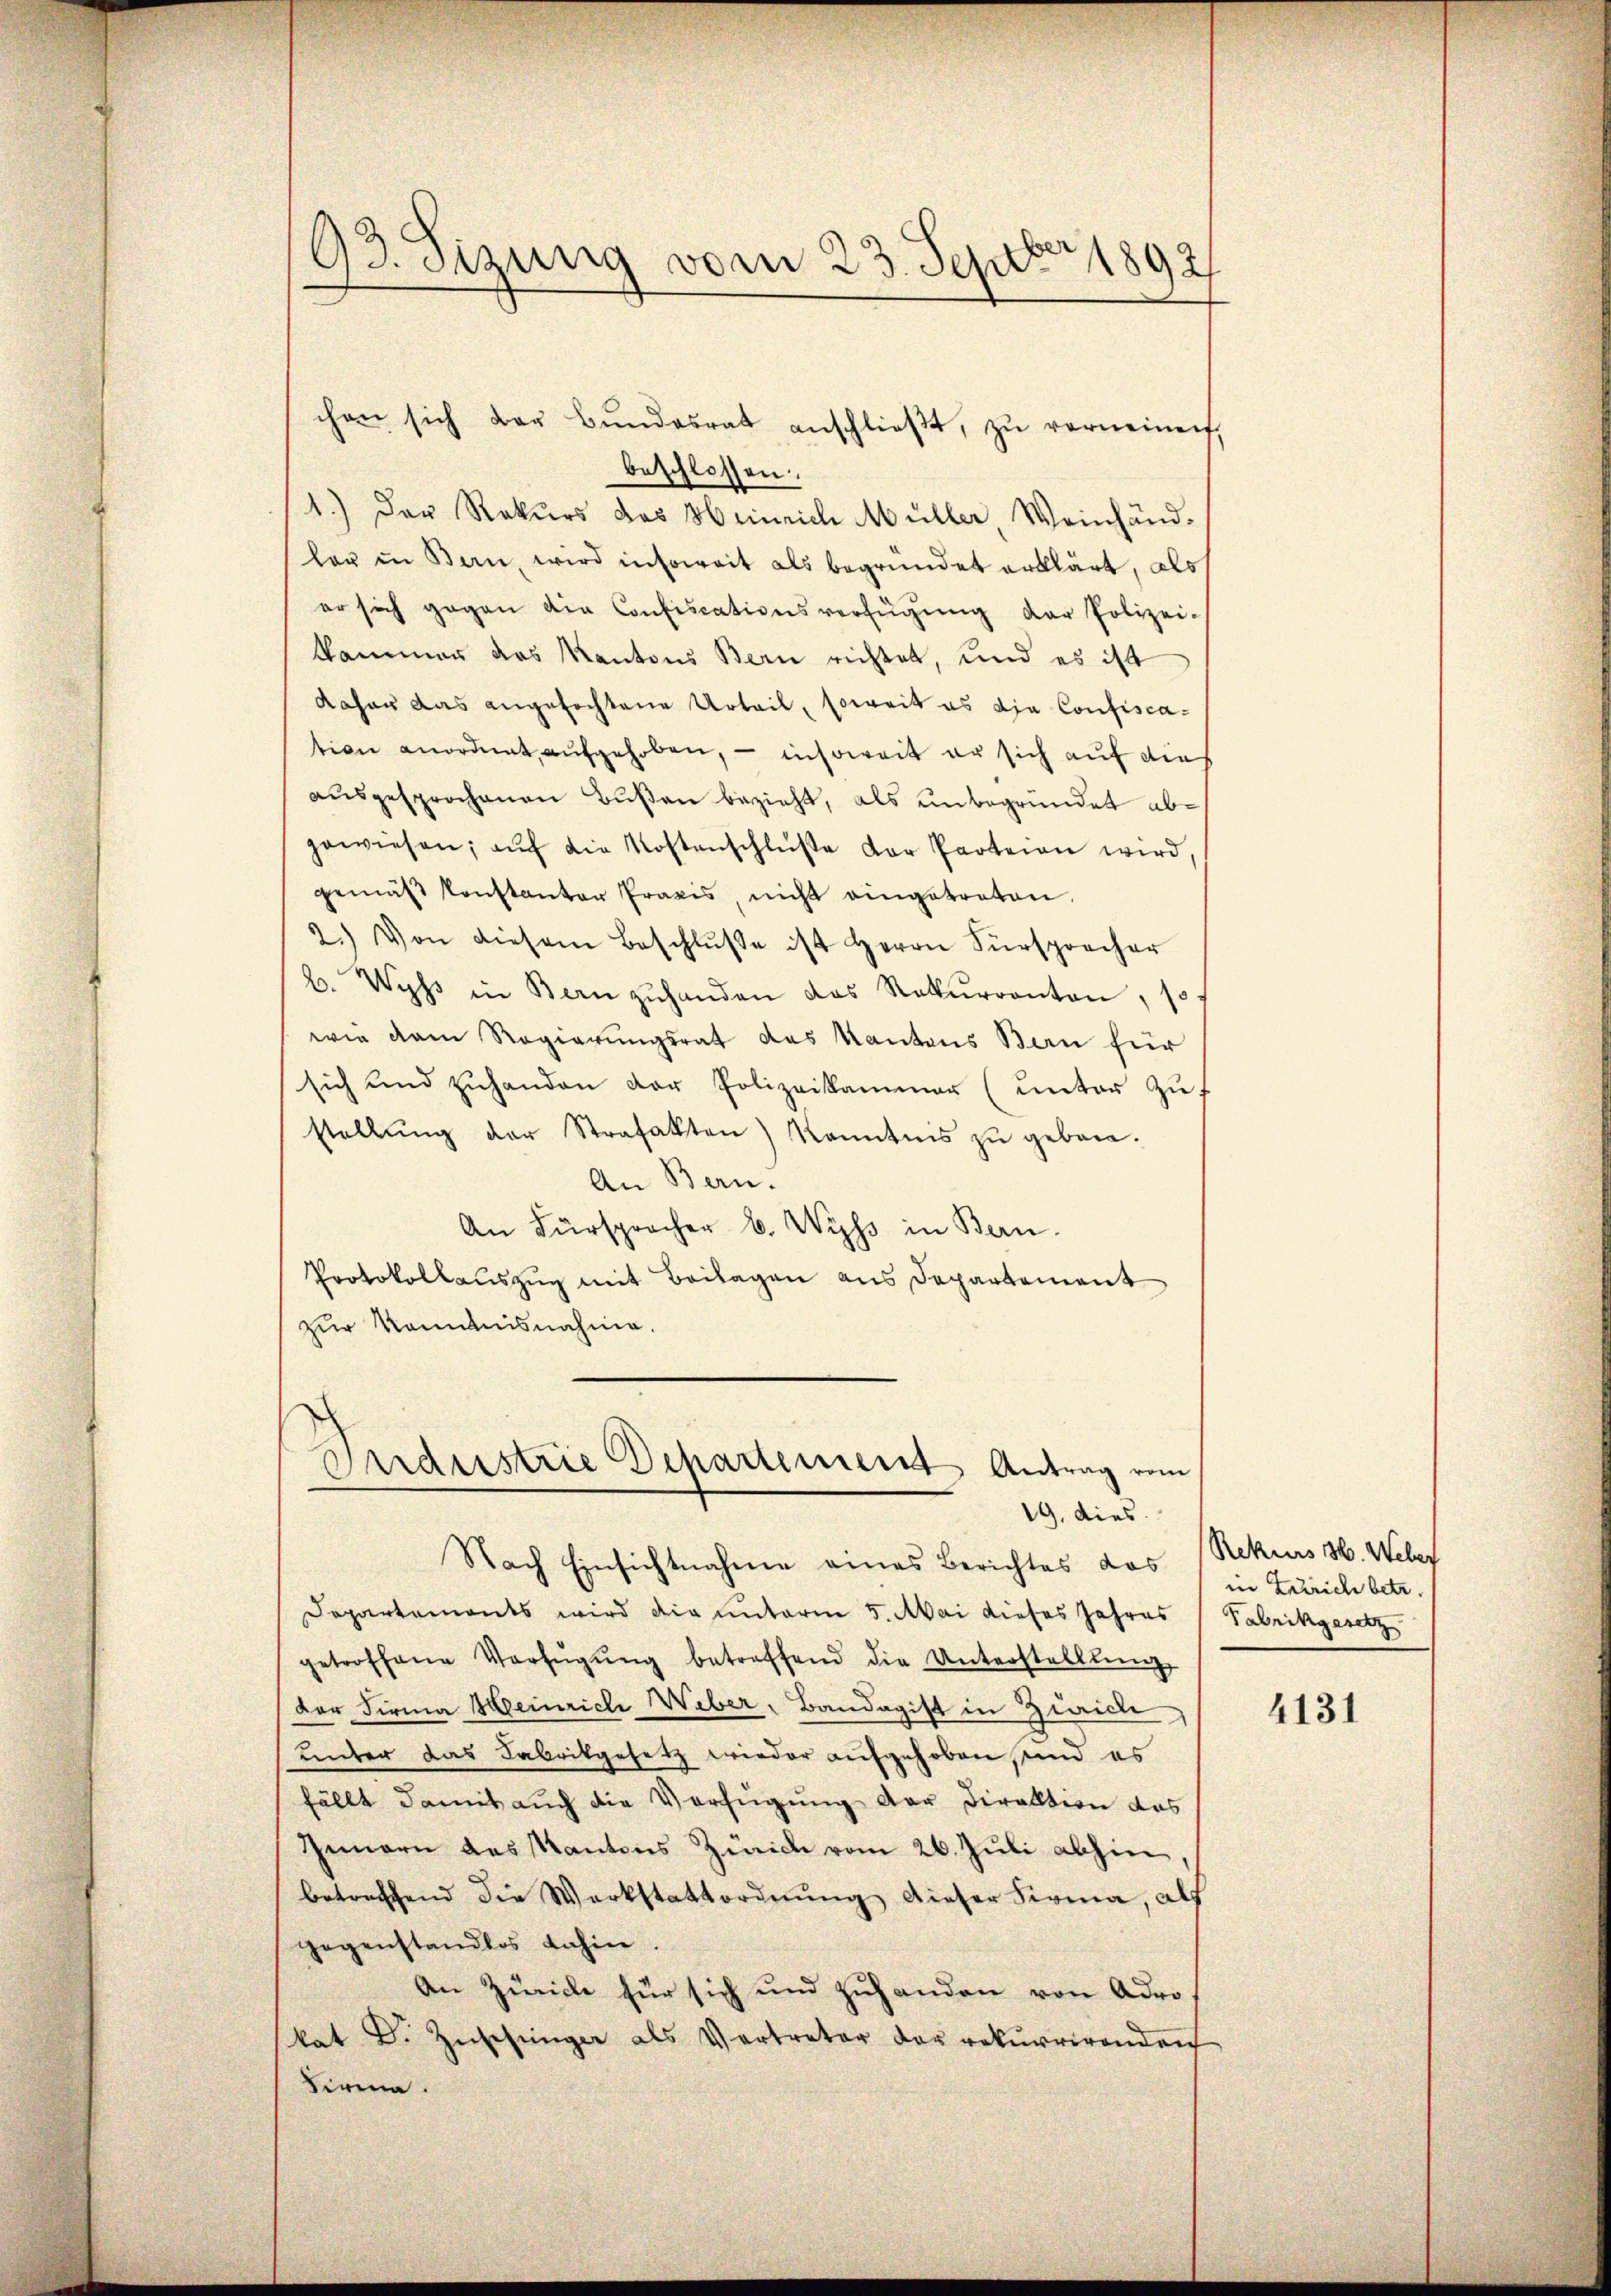
93. Sizung vom 23. Septbr 1892/

beschlossen.
1.) Der Rekurs des Heinrich Müller, Weinhändler in Bern, wird insoweit als begründet erklärt, als
er sich gegen die Confiscationsverfügŭng der Polizei-
kammer das Kantons Bern richtet, und es ist
daher das angefochtene Urteil, soweit es die Confiscation anordnet aŭfgehoben, – insoweit er sich auf die
aŭsgesprochenen Bŭβen bezieht, als unbegründet abgewiesen, aŭf die Kostenschlüße der Parteien wird,
gemäß konstantor Praxis, nicht eingetreten,
2.) Von diesem Beschlŭsse ist Herrn Fürsprecher
b. Wyss in Bern zŭhanden das Rekurranton, so
wie dan Regierungsrat das Kantons Bern für
sich und zŭhanden der Polizeikammer (unter Zŭf
stellŭng der Strafakten) Kenntnis zu gebore¬
An Bern.
An Fürsprocher b. Wyss in Bern.
Protokollauszug mit Beilagen aus Departement
zur Komunisnahme.

Departements wird die unterm 5. Mai dieses Jahres
getroffene Verfügŭng betreffend die Unterstelllŭng
Der Firma Heinrich Weber, Bandagist in Zürich,
unter das Fabrikgesetz wieder aufgehoben, und es
fällt damit auch die Verfügung der Direktion das
Innern das Kantons Zürich vom 26. Juli abhin
betreffend die Werkstattordnŭng dieser Firma, als
gegenstandlos dahin.
An Zürich für sich und zuhanden von Adrokat Dr. Zuschinger als Vertreter der rekurrirenden
dire

chen sich der Bŭndesrat anschlieβt, zŭ verneinen

Pardustrie Departement Antrag vom
19. dies
Nach Einsichtnahme eines Berichtes das

Rekurs 30. Weber
in Zürich betr.
Fabrikgesetz

4131